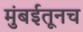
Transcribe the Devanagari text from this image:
मुंबईतूनच